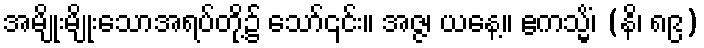
အမျိုးမျိုးသောအရပ်တို့၌ သော်၎င်း။ အဇ္ဇ၊ ယနေ့။ ဧကသ္မိံ၊ (နိ၊ ၈၉)